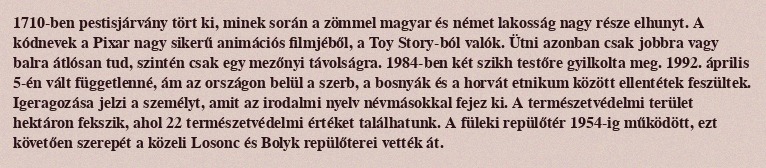
1710-ben pestisjárvány tört ki, minek során a zömmel magyar és német lakosság nagy része elhunyt. A kódnevek a Pixar nagy sikerű animációs filmjéből, a Toy Story-ból valók. Ütni azonban csak jobbra vagy balra átlósan tud, szintén csak egy mezőnyi távolságra. 1984-ben két szikh testőre gyilkolta meg. 1992. április 5-én vált függetlenné, ám az országon belül a szerb, a bosnyák és a horvát etnikum között ellentétek feszültek. Igeragozása jelzi a személyt, amit az irodalmi nyelv névmásokkal fejez ki. A természetvédelmi terület hektáron fekszik, ahol 22 természetvédelmi értéket találhatunk. A füleki repülőtér 1954-ig működött, ezt követően szerepét a közeli Losonc és Bolyk repülőterei vették át.